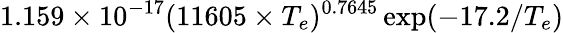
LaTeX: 1.159\times 10^{-17}(11605\times T_{e})^{0.7645}\exp({-17.2/T_{e}})